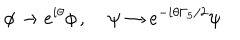
\phi \rightarrow e ^ { i \theta } \phi \, , \; \psi \rightarrow e ^ { - i \theta \Gamma _ { 5 } / 2 } \psi